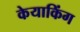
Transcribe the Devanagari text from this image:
केयाकिंग